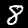
Digit: 8